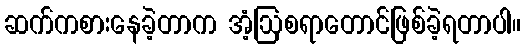
ဆက်ကစားနေခဲ့တာက အံ့ဩစရာတောင်ဖြစ်ခဲ့ရတာပါ။